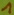
Text: 1